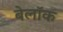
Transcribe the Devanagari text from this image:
बेलॉक